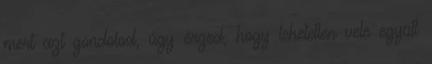
mert azt gondolod, úgy érzed, hogy lehetetlen vele együtt